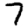
Digit: 7